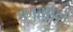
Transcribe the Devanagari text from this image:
कामील